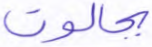
بجالوت